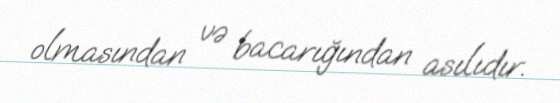
olmasından və bacarığından asılıdır.